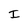
Character: I